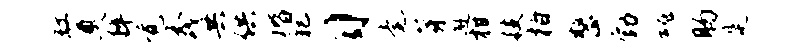
缸奠粹觉茂共供楷犯习毫芽邂柑技柏整勃魂肠是